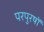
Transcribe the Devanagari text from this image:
परपुरषों